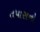
તપાસનો